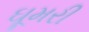
ઘૂમરી